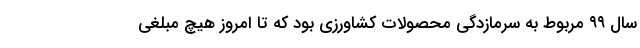
سال ۹۹ مربوط به سرمازدگی محصولات کشاورزی بود که تا امروز هیچ مبلغی